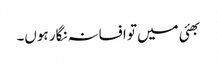
بھئی میں تو افسانہ نگار ہوں۔